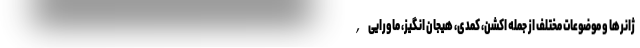
ژانرها و موضوعات مختلف از جمله اکشن، کمدی، هیجان انگیز، ماورایی,